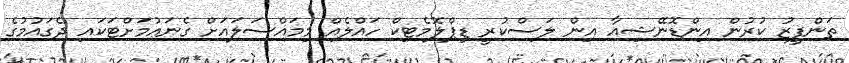
ތަންފީޒު ކުރުން އިންޑޮނޭޝިއާ އިން ލަސްކުރީ ޑިޕްލޮޮމެޓިކް ހައްލެއް މިމައްސަލައަށް ގެނައުމަށްޓަކައި ދެގައުމުގެ